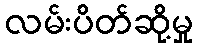
လမ်းပိတ်ဆို့မှု